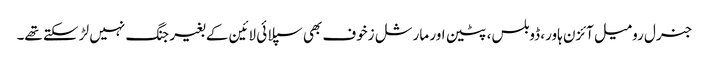
جنرل رومیل آئزن ہاور، ڈوبلس، پٹین اور مارشل زخوف بھی سپلائی لائین کے بغیر جنگ نہیں لڑ سکتے تھے۔